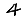
Digit: 4